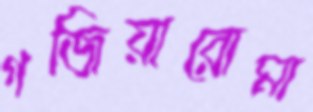
গজিয়ারোমা